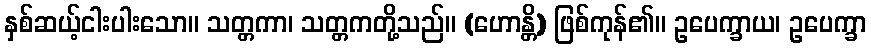
နှစ်ဆယ့်ငါးပါးသော။ သတ္တကာ၊ သတ္တကတို့သည်။ (ဟောန္တိ) ဖြစ်ကုန်၏။ ဥပေက္ခာယ၊ ဥပေက္ခာ